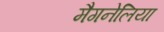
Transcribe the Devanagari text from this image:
मैगनेलिया